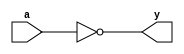
`timescale 1ns / 1ps

/*
Company: Sogang University
Engineer: G_EEE3
Create Date: 2021/09/09 18:07:24
Module Name: inverter
*/

module inverter(
    input a,
    output y
    );
    
    assign y = ~a;
endmodule